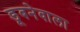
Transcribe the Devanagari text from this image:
डूबनेवाला